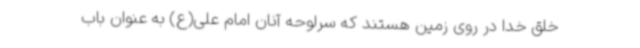
خلق خدا در روی زمین هستند که سرلوحه آنان امام علی(ع) به عنوان باب